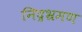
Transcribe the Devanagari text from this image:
निद्रभ्रमण